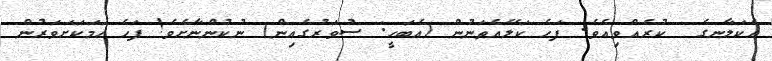
އެކަލާނގެ  ކުރެއްވިއެވެ. ފަހެ ކަލޭއެތަނުން (އެބަހީ: ސުވަރުގެއިން) ނުކުންނާށެވެ! ފަހެ ހަމަކަށަވަރުން